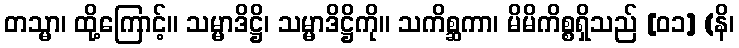
တသ္မာ၊ ထို့ကြောင့်။ သမ္မာဒိဋ္ဌိ၊ သမ္မာဒိဋ္ဌိကို။ သကိစ္ဆကာ၊ မိမိကိစ္စရှိသည် [၀၁] (နိ၊